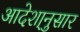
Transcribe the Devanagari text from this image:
आदेशा्नुसार